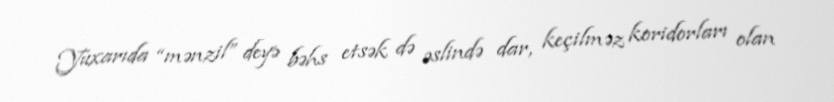
Yuxarıda “mənzil” deyə bəhs etsək də əslində dar, keçilməz koridorları olan